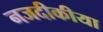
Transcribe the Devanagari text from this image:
नजदीकीया